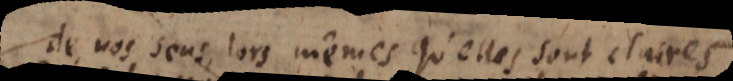
de nos sens, lors mêmes qu’elles sont claires,